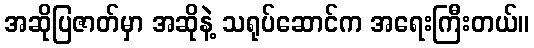
အဆိုပြဇာတ်မှာ အဆိုနဲ့ သရုပ်ဆောင်က အရေးကြီးတယ်။